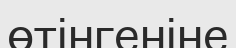
өтінгеніне